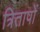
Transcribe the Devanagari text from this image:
त्रितापों